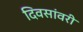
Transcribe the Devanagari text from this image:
दिवसांवरी